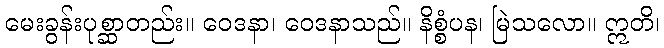
မေးခွန်းပုစ္ဆာတည်း။ ဝေဒနာ၊ ဝေဒနာသည်။ နိစ္စံပန၊ မြဲသလော။ ဣတိ၊